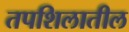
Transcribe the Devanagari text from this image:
तपशिलातील